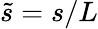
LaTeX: \tilde{s}=s/L